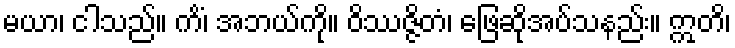
မယာ၊ ငါသည်။ ကိံ၊ အဘယ်ကို။ ဝိဿဇ္ဇိတံ၊ ဖြေဆိုအပ်သနည်း။ ဣတိ၊